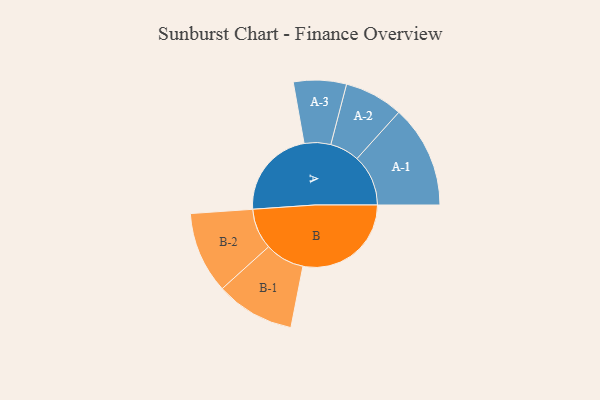
{"axis": {"x": "Segment", "y": "Value"}, "legend": ["", "A", "B"], "data": [{"x": "A", "y": 394, "type": ""}, {"x": "B", "y": 475, "type": ""}, {"x": "A-1", "y": 225, "type": "A"}, {"x": "A-2", "y": 129, "type": "A"}, {"x": "A-3", "y": 116, "type": "A"}, {"x": "B-1", "y": 173, "type": "B"}, {"x": "B-2", "y": 179, "type": "B"}]}